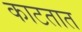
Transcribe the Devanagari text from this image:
काटतात